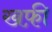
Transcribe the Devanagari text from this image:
खफ़ी